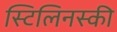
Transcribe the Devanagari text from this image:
स्टिलिनस्की